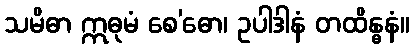
သမိဓာ ဣဓုမံ စေ’ဓော၊ ဥပါဒါနံ တထိန္ဓနံ။